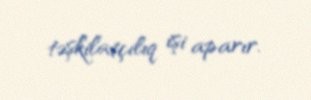
təşkilatçılıq işi aparır.